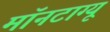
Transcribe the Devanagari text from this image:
मॉनटाग्यू